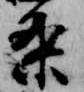
条